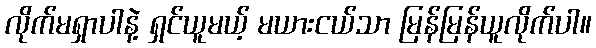
လိုက်မရှာပါနဲ့ ရှင်ယူမယ့် မယားငယ်သာ မြန်မြန်ယူလိုက်ပါ။